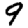
Digit: 9